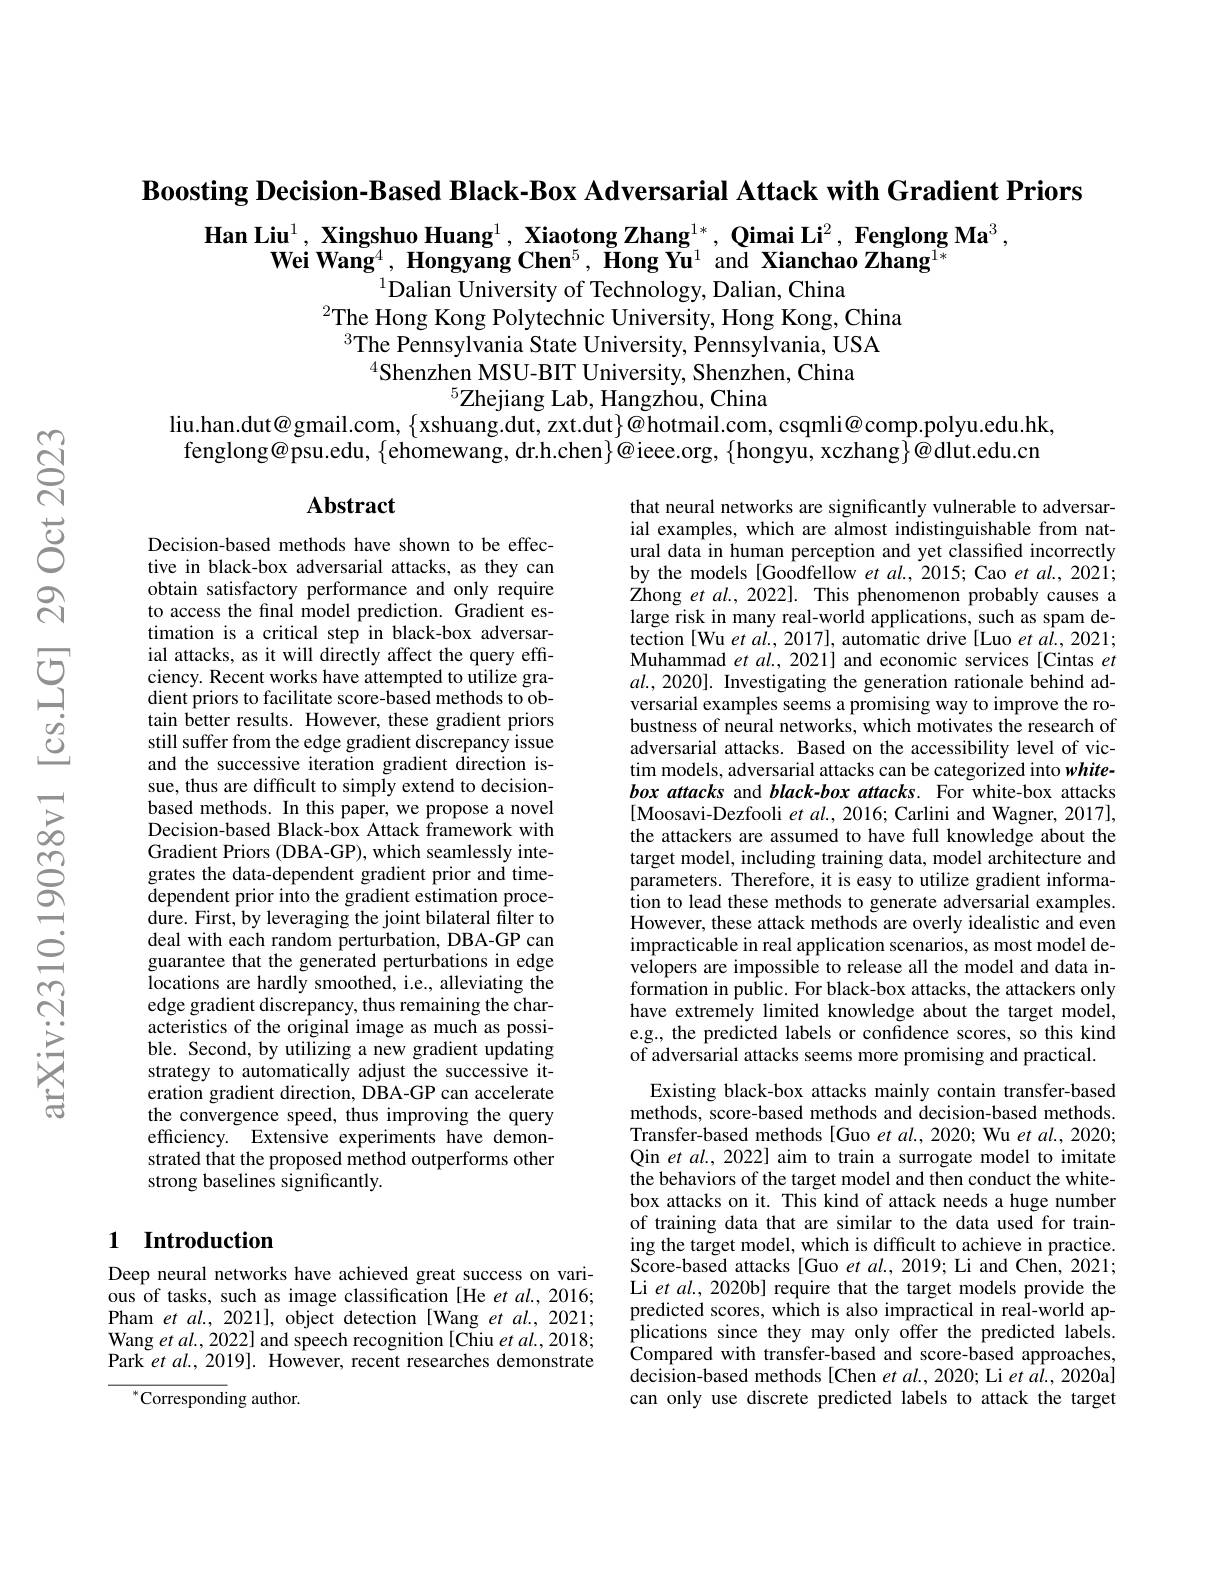
$\textbf{Boosting Decision- Based Black- Box Adversarial Attack with Gradient Priors}$

Han Liu$^1,\textbf{Xingshuo Huang}^1,\textbf{Xiaotong Zhang}^{1*},\textbf{Qimai Li}^2,\textbf{Fenglong Ma}^3$,
$\textbf{Wei Wang}^4,\textbf{ Hongyang Chen}^5,\text{ Hong Yu}^1$ and Xianchao Zhang$^1*$
$^{1}$Dalian University of Technology, Dalian, China

$^{2}$The Hong Kong Polytechnic University, Hong Kong, China
$^{3}$The Pennsylvania State University, Pennsylvania, USA
$^{4}$Shenzhen MSU-BIT University, Shenzhen, China
$^{5}$Zhejiang Lab, Hangzhou, China
$l$iu.han.dut@gmail.com, $\{$xshuang.dut, zxt.dut$\}@$hotmail.com, csqmli@comp.polyu.edu.hk, fenglong@psu.edu, $\{$ehomewang, dr.h.chen$\}@$ieee.org, $\{$hongyu, xczhang$\}@$dlut.edu.cn

$\mathbf{Abstract}$

that neural networks are significantly vulnerable to adversarial examples, which are almost indistinguishable from natural data in human perception and yet classified incorrectly by the models [Goodfellow et al., 2015; Cao et al., 2021; Zhong $etal.,2022].$ This phenomenon probably causes a large risk in many real-world applications, such as spam detection [Wu et al., 2017], automatic drive [Luo et al., 2021; Muhammad et $al.,2021]$ and economic services [Cintas et $al.,2020].$ Investigating the generation rationale behind adversarial examples seems a promising way to improve the robustness of neural networks, which motivates the research of adversarial attacks. Based on the accessibility level of victim models, adversarial attacks can be categorized into whitebox attacks and black-box attacks. For white-box attacks [Moosavi-Dezfooli $et\textit{al. , 2016; Carlini and Wagner, 2017}] $, the attackers are assumed to have full knowledge about the target model, including training data, model architecture and parameters. Therefore, it is easy to utilize gradient informa- ion to lead these methods to generate adversarial examples. However, these attack methods are overly idealistic and even impracticable in real application scenarios, as most model developers are impossible to release all the model and data information in public. For black-box attacks, the attackers only have extremely limited knowledge about the target model, e.g., the predicted labels or confidence scores, so this kind of adversarial attacks seems more promising and practical.
Existing black-box attacks mainly contain transfer-based

Decision-based methods have shown to be effective in black-box adversarial attacks, as they can obtain satisfactory performance and only require to access the final model prediction. Gradient estimation is a critical step in black-box adversarial attacks, as it will directly affect the query effciency. Recent works have attempted to utilize gradient priors to facilitate score-based methods to obtain better results. However, these gradient priors still suffer from the edge gradient discrepancy issue and the successive iteration gradient direction issue, thus are difficult to simply extend to decisionbased methods. In this paper, we propose a novel Decision-based Black-box Attack framework with Gradient Priors (DBA-GP), which seamlessly integrates the data-dependent gradient prior and timedependent prior into the gradient estimation procedure. First, by leveraging the joint bilateral filter to deal with each random perturbation, DBA-GP can guarantee that the generated perturbations in edge locations are hardly smoothed, i.e., alleviating the edge gradient discrepancy, thus remaining the characteristics of the original image as much as possible. Second, by utilizing a new gradient updating strategy to automatically adjust the successive iteration gradient direction, DBA-GP can accelerate the convergence speed, thus improving the query efficiency. Extensive experiments have demonstrated that the proposed method outperforms other strong baselines significantly.

## 1 Introduction

methods, score-based methods and decision-based methods. Transfer-based methods[Guo et al., 2020; Wu et al., 2020; Qin et al., 2022] aim to train a surrogate model to imitate the behaviors of the target model and then conduct the whitebox attacks on it. This kind of attack needs a huge number of training data that are similar to the data used for training the target model, which is difficult to achieve in practice. Score-based attacks [Guo et al., 2019; Li and Chen, 2021; Li et al., 2020b] require that the target models provide the predicted scores, which is also impractical in real-world applications since they may only offer the predicted labels. $\hat{\text{Compared with transfer-based and score-based approaches,}}$ decision-based methods[Chen et al., 2020; Li et al., 2020a] can only use discrete predicted labels to attack the target

Deep neural networks have achieved great success on various of tasks, such as image classification [He et al., 2016; Pham $etal.,2021]$, object detection[Wang et al.,2021; Wang et al., 2022] and speech recognition [Chiu et al., 2018; Park et $al.,2019].$ However, recent researches demonstrate

$^{*}$Corresponding author.